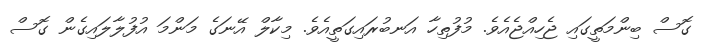
ގޮސް ބިންމަތީގައި ޖެހިއްޖެއެވެ. މުފުތިހާ އަނބުރައިގަތީއެވެ. މިކާލް އޭނަގެ މަންމަ އުފުލާލައިގެން ގޮސް